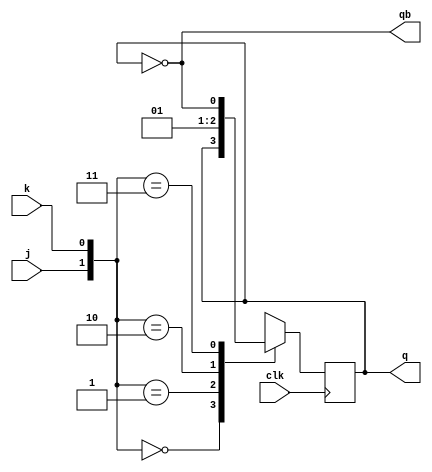
module jk_ff(q,qb,j,k,clk); 
    input j,k,clk;
    output reg q;
    output qb;

    parameter Hold = 2'b00, ReSet = 2'b01, Set = 2'b10, Toggle = 2'b11;

    assign qb=~q; 

    always @(posedge clk ) begin
        case ({j,k})
            Hold: q<=q;
            ReSet: q<=0;
            Set: q<=1;
            Toggle: q<=~q;  
            
        endcase
    end
    

    
endmodule